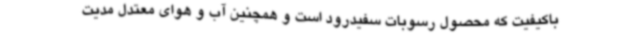
باکیفیت که محصول رسوبات سفیدرود است و همچنین آب و هوای معتدل مدیت